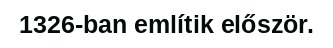
1326-ban említik először.